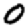
Digit: 0